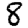
Digit: 8